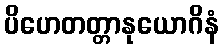
ပိဟေတတ္တာနုယောဂိနံ